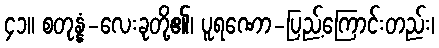
၄၁။ စတုန္နံ-လေးခုတို့၏၊ ပူရဏော-ပြည့်ကြောင်းတည်း၊